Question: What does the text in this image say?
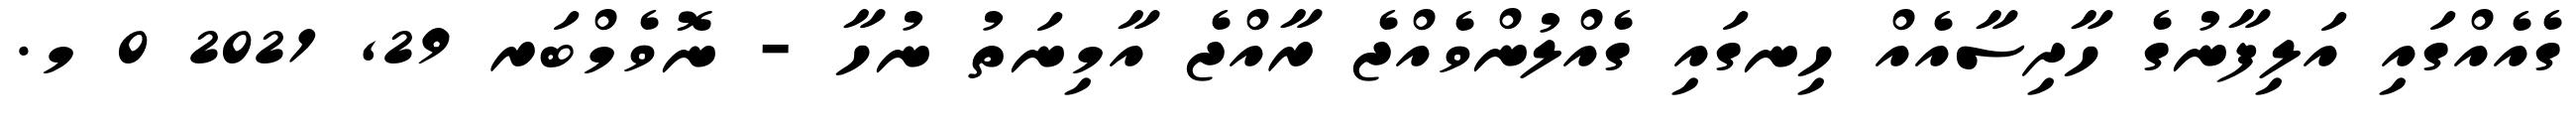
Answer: ގެއެއްގައި އަލިފާނުގެ ހާދިސާއެއް ހިނގައި ގެއްލުންވެއްޖެ ރާއްޖެ އާމިނަތު ނުހާ - ނޮވެމްބަރ 29, 2021 0 މ.